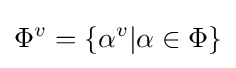
\Phi ^{v}=\{\alpha ^{v}|\alpha \in \Phi \}